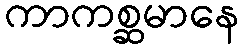
ကာကစ္ဆမာနေ